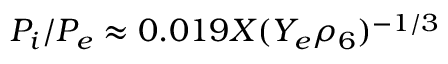
P _ { i } / P _ { e } \approx 0 . 0 1 9 X ( Y _ { e } \rho _ { 6 } ) ^ { - 1 / 3 }